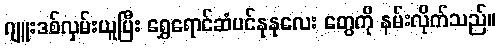
ဂျူးဒစ်လှမ်းယူပြီး ရွှေရောင်ဆံပင်နုနုလေး တွေကို နမ်းလိုက်သည်။